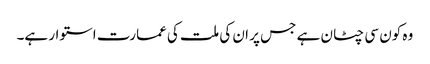
وہ کون سی چٹان ہے جس پر ان کی ملت کی عمارت استوار ہے۔